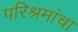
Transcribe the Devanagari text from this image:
परिश्रमांचा